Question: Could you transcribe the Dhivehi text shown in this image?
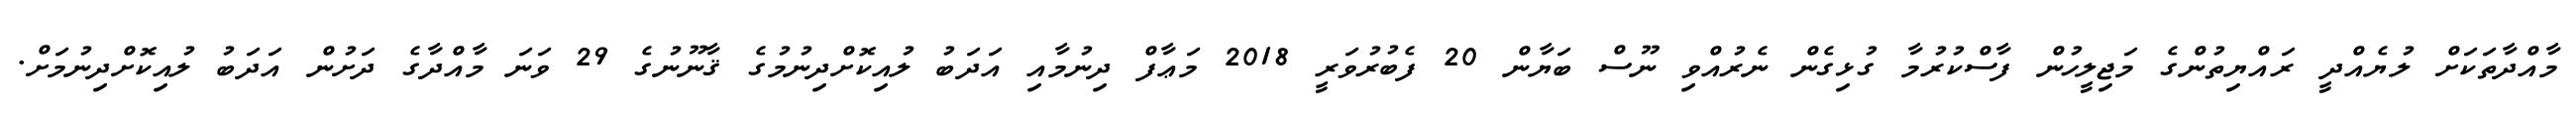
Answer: މާއްދާތަކަށް ލުޔެއްދީ ރައްޔިތުންގެ މަޖިލީހުން ފާސްކުރުމާ ގުޅިގެން ނެރުއްވި ނޫސް ބަޔާން 20 ފެބުރުވަރީ 2018 މަޢާފް ދިނުމާއި އަދަބު ލުއިކޮށްދިނުމުގެ ޤާނޫނުގެ 29 ވަނަ މާއްދާގެ ދަށުން އަދަބު ލުއިކޮށްދިނުމަށް.